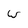
Character: w